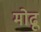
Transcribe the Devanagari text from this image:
मोढू